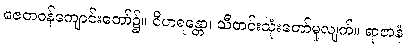
ဇေတဝန်ကျောင်းတော်၌။ ဝိဟရန္တော၊ သီတင်းသုံးတော်မူလျက်။ ရာဇာနံ